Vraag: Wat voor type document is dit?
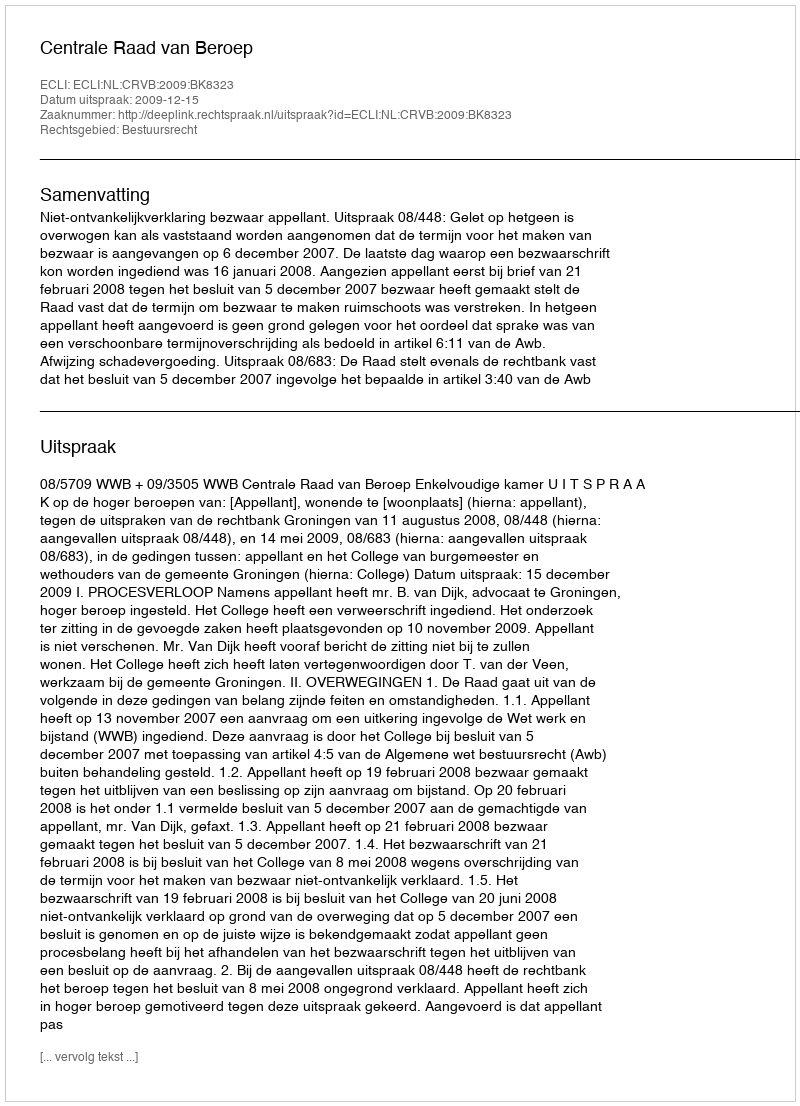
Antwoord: Uitspraak